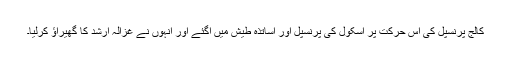
کالج پرنسپل کی اس حرکت پر اسکول کی پرنسپل اور اساتذہ طیش میں آگئے اور انہوں نے غزالہ ارشد کا گھیراؤ کرلیا۔